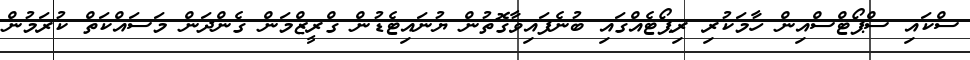
ސްކައި ސްޕޯޓްސްއިން ހާމަކުރި ރިޕޯޓެއްގައި ބުނެފައިވާގޮތުން ޔުނައިޓެޑުން ގްރީޒްމަން ގެންދަން މަސައްކަތް ކުރަމުން